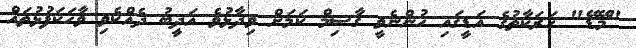
"މޭޑޭ" ހަރަކާތުގެ އަޑީގައި ހުންނެވީ ގާސިމް ކަމަށް ވިދާޅުވެ އަދީބު ދެއްކެވި ވާހަކަފުޅުތައް